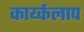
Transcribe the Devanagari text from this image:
कार्य्कलाप